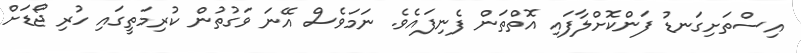
އިސްތަށިގަނޑު ފަންކޮށްލާފައި އޮތްތަން ފެނިފައެވެ. ނަމަވެސް އޭނަ ވަގުތުން ކުރިމަތީގައި ހުރި ޖޯޑަށް